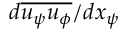
d \overline { { u _ { \psi } u _ { \phi } } } / d x _ { \psi }